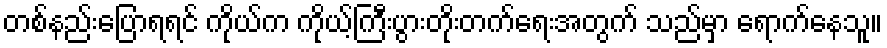
တစ်နည်းပြောရရင် ကိုယ်က ကိုယ့်ကြီးပွားတိုးတက်ရေးအတွက် သည်မှာ ရောက်နေသူ။